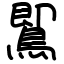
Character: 𪃹